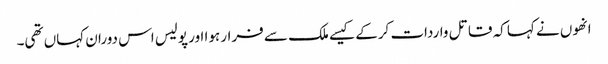
انھوں نے کہا کہ قاتل واردات کرکے کیسے ملک سے فرار ہوا اور پولیس اس دوران کہاں تھی۔